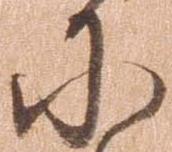
に